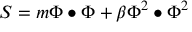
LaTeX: S = m \Phi \bullet \Phi + \beta \Phi ^ { 2 } \bullet \Phi ^ { 2 }